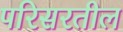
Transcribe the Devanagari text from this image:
परिसरतील